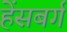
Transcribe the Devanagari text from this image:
हेंसबर्ग